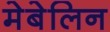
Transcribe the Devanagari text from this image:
मेबेलिन